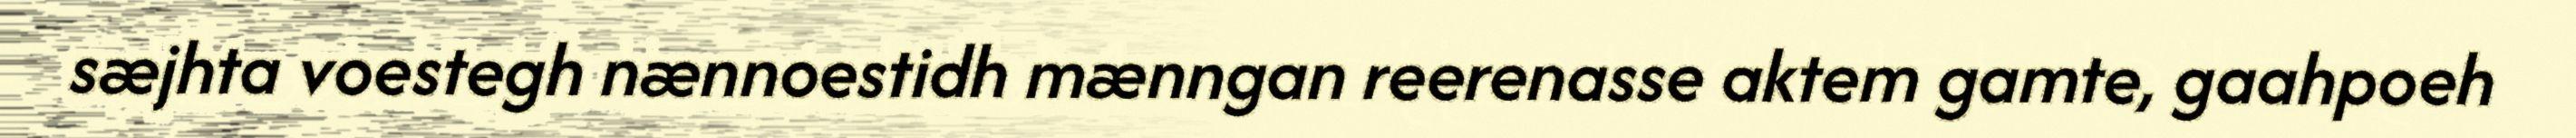
sæjhta voestegh nænnoestidh mænngan reerenasse aktem gamte, gaahpoeh